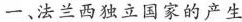
一、法兰西独立国家的产生